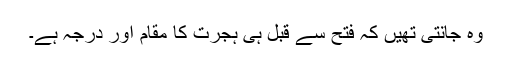
وہ جانتی تھیں کہ فتح سے قبل ہی ہجرت کا مقام اور درجہ ہے۔